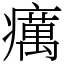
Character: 癘